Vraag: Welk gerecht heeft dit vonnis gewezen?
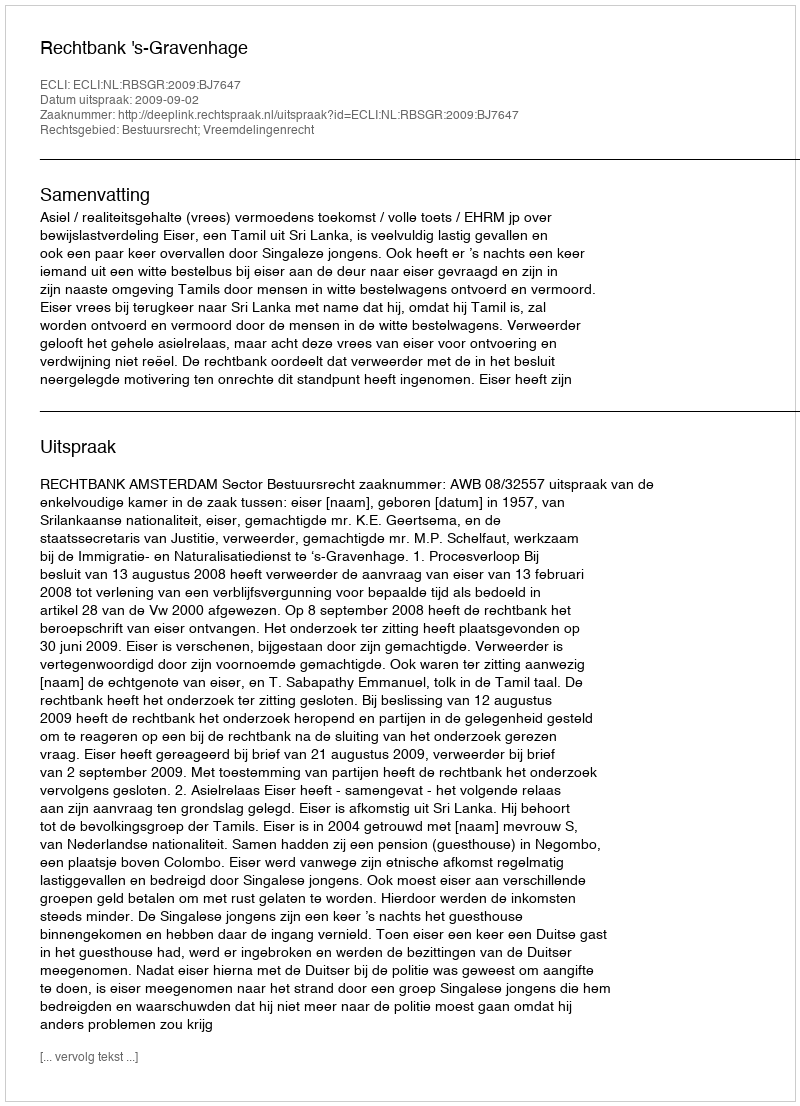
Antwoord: Rechtbank 's-Gravenhage